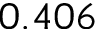
0 . 4 0 6